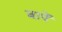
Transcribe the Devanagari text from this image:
बापें